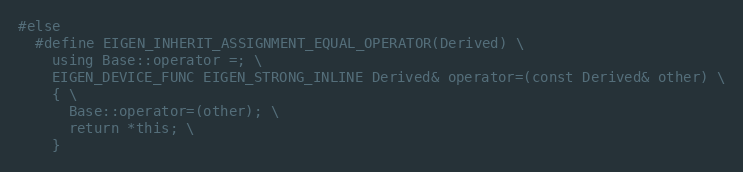
Language: C
#else
  #define EIGEN_INHERIT_ASSIGNMENT_EQUAL_OPERATOR(Derived) \
    using Base::operator =; \
    EIGEN_DEVICE_FUNC EIGEN_STRONG_INLINE Derived& operator=(const Derived& other) \
    { \
      Base::operator=(other); \
      return *this; \
    }